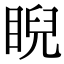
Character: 睨